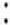
: